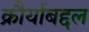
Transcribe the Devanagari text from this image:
क्रौर्याबद्दल